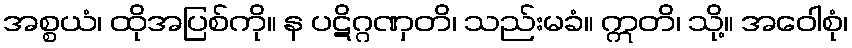
အစ္စယံ၊ ထိုအပြစ်ကို။ န ပဋိဂ္ဂဏှတိ၊ သည်းမခံ။ ဣတိ၊ သို့။ အဝေါစုံ၊